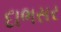
દાભસર